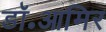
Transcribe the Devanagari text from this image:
डॉ॰आमिर